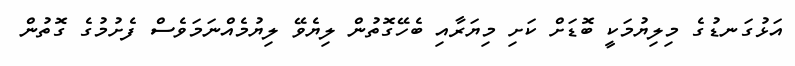
އަޅުގަނޑުގެ މިލިޔުމަކީ ބޮޑަށް ކަށި މިޔަރާއި ބެހޭގޮތުން ލިޔެވޭ ލިޔުމެއްނަމަވެސް ފެށުމުގެ ގޮތުން